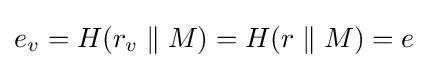
e_{v}=H(r_{v}\parallel M)=H(r\parallel M)=e